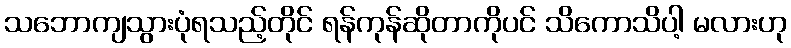
သဘောကျသွားပုံရသည့်တိုင် ရန်ကုန်ဆိုတာကိုပင် သိကောသိပါ့ မလားဟု